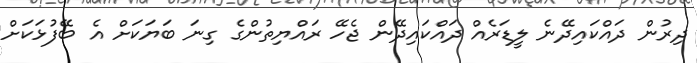
ދިރުން ދައްކައިދޭނެ ލީޑަރެއް ދައްކައިދޭން ޖެހޭ ރައްޔިތުންގެ ގިނަ ބަޔަކަށް އެ ބޭފުޅަކަށް